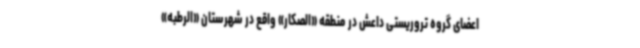
اعضای گروه تروریستی داعش در منطقه «الصکار» واقع در شهرستان «الرطبه»